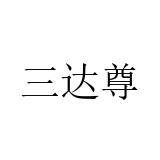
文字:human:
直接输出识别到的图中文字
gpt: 三达尊